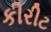
કીરીટ